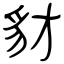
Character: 豺